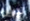
تيريل